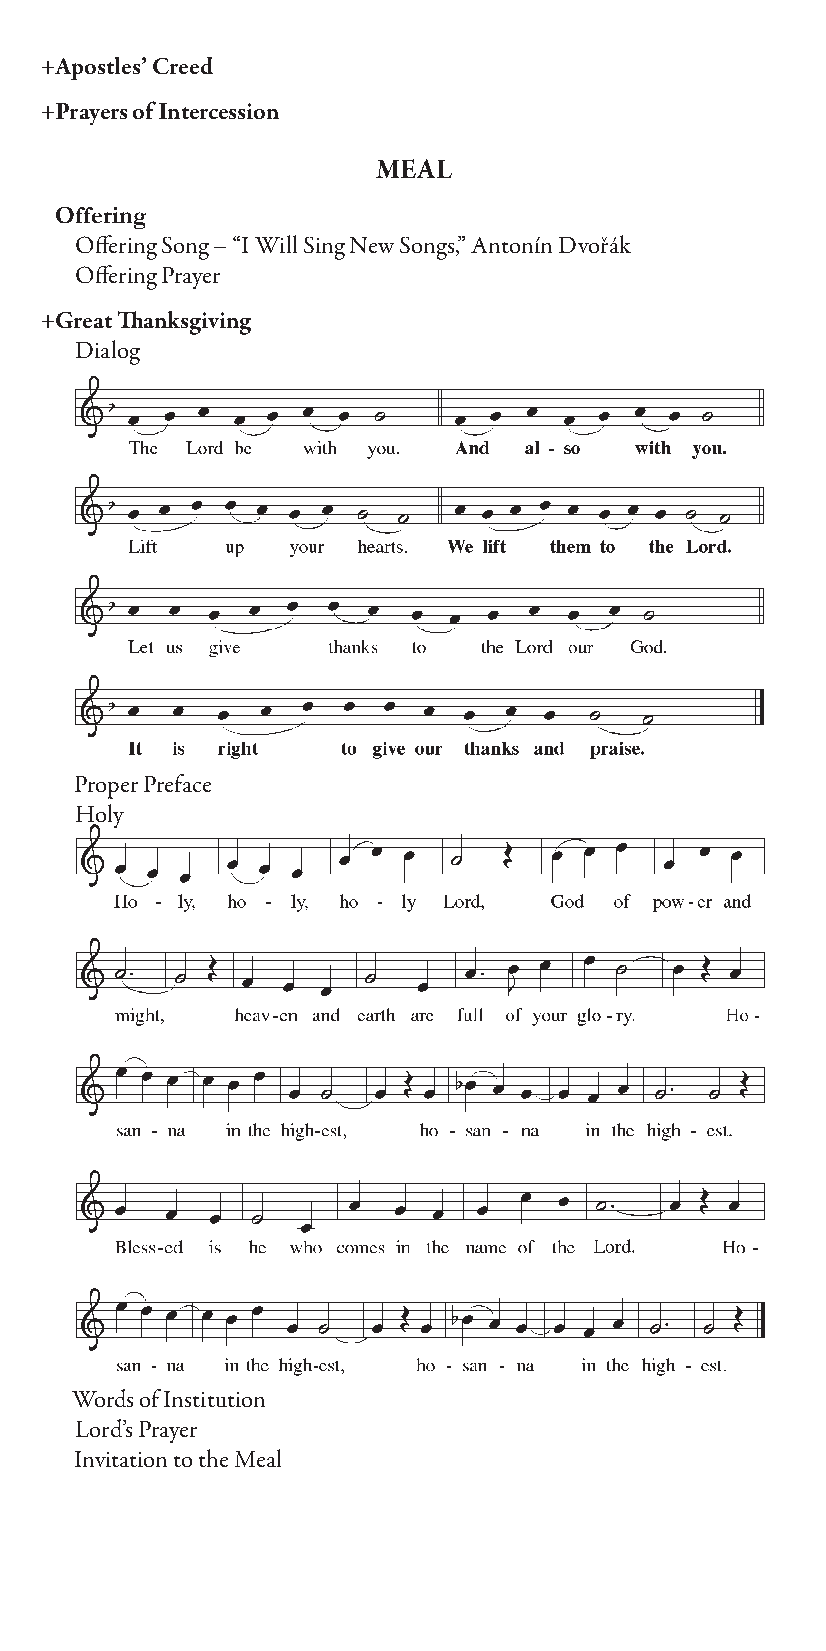
+Apostles’ Creed
 +Prayers of Intercession
 MEAL
 Offering
 Off ering Song – “I Will Sing New Songs,” Antonín Dvořák
 Off ering Prayer
 +Great Th anksgiving
 Dialog
 Proper Preface
 Holy
 Words of Institution
 Lord’s Prayer
 Invitation to the Meal